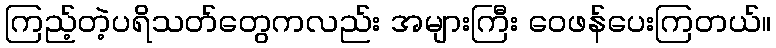
ကြည့်တဲ့ပရိသတ်တွေကလည်း အများကြီး ဝေဖန်ပေးကြတယ်။